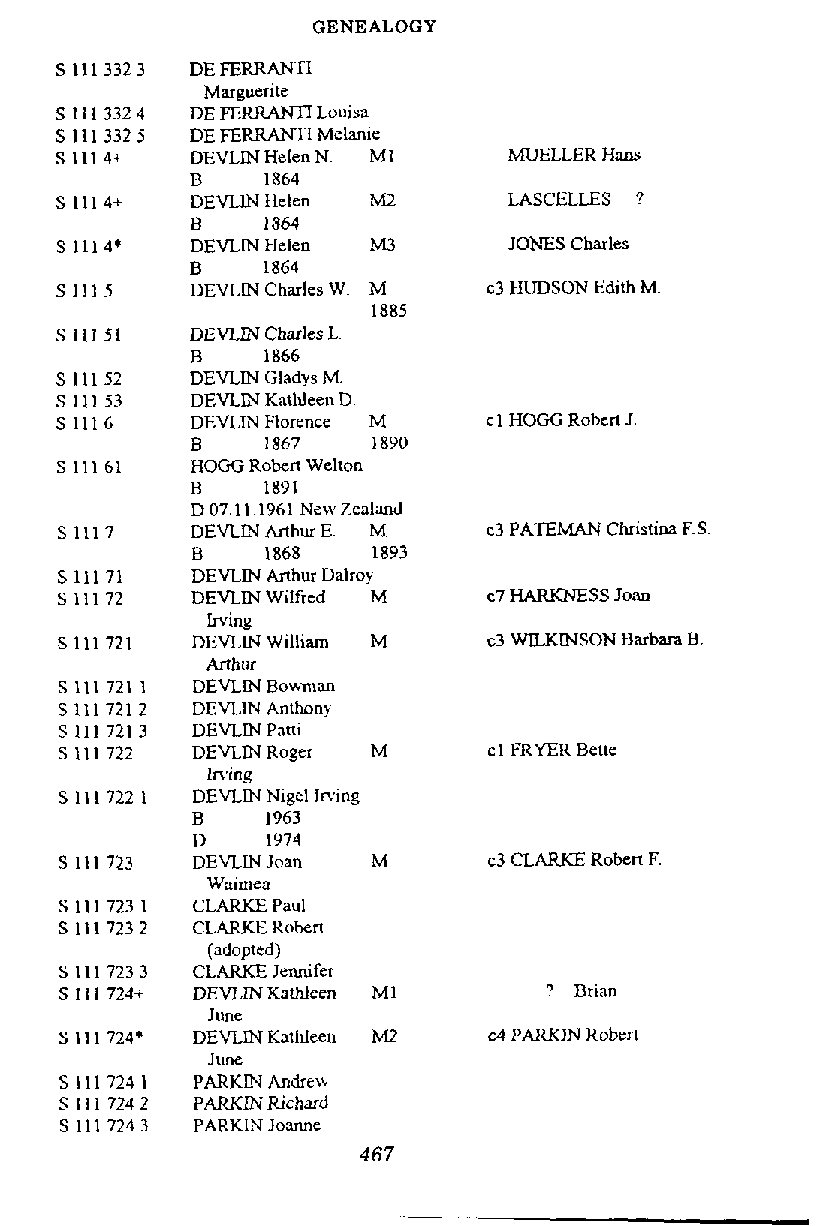
GENEALOGY
 Marguente
 DE FERRANn Louisa
 DE FERRANn Mehk
 DEVLIN Helen N. MI   MUELLER H m
 B   1864
 DEVLlN Helen M2      LASCELLES 7
 B   1864
 DEVLIN Helen M3      JONES Charles
 B   1864
 DEVLIN Charles W. M c3 HUDSON Edith M
 1885
 DEVLlN Charles L.
 B   1866
 DEVLIN Gladys M.
 DEVLIN Kathleen D.
 DEVLIN Florence M  c l HOGG Robert J
 B   1867    1890
 HOGG Robert Welton
 DEVLINArthur E. M  c3 PA'IEMAN Christina F.S
 B    1868   1893
 DEVLIN Mhur Dalroy
 DEVLIN Wilfrcd M   c7 HARKNESS Joan
 Irving
 DEVLIN William M   c3 &'ILKINSON Barbara B.
 Mhur
 DEVLIN Bowman
 DEVI.IN Anthony
 DEVLIN Pani
 DEVLN Roger M      c l FRYER Bene
 In'ing
 DEVLIN Nigel Wing
 B    1963
 D    1974
 DEVLIN Joan M      c3 CLARKE Rokrt F.
 Waimea
 CLARKE Paul
 CLARKE Robert
 (adopted)
 CLARKE Jennifer
 DEVLIN Kathleen MI     ? Brian
 June
 DEVLIN Kathleen M2 c4 PARKIN Roben
 June
 PARKIN Andfs\b
 PARKlN Richard
 PARKIN Joanne
 467